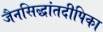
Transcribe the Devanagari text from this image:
जैनसिद्धांतदीपिका